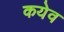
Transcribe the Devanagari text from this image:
कयेव